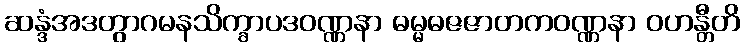
ဆန္ဒံအဒတွာဂမနသိက္ခာပဒဝဏ္ဏနာ ဓမ္မဓဇဇာတကဝဏ္ဏနာ ဝဟန္တီတိ